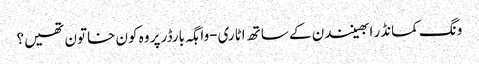
ونگ کمانڈر ابھینندن کے ساتھ اٹاری-واہگہ بارڈر پر وہ کون خاتون تھیں؟